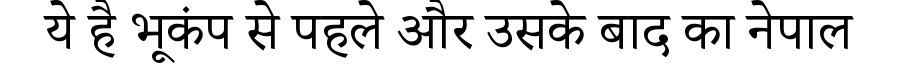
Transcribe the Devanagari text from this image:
ये है भूकंप से पहले और उसके बाद का नेपाल